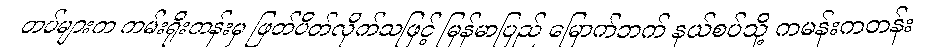
တပ်များက ကမ်းရိုးတန်းမှ ဖြတ်ပိတ်လိုက်သဖြင့် မြန်မာပြည် မြောက်ဘက် နယ်စပ်သို့ ကမန်းကတန်း